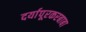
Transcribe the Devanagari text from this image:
दर्यापूरकरबाबा